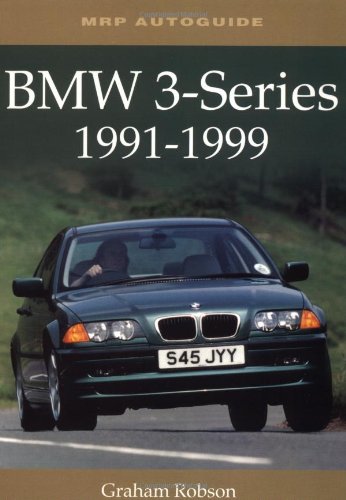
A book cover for BMW 3-Series, 1991-1999; Graham Robson; Engineering & Transportation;